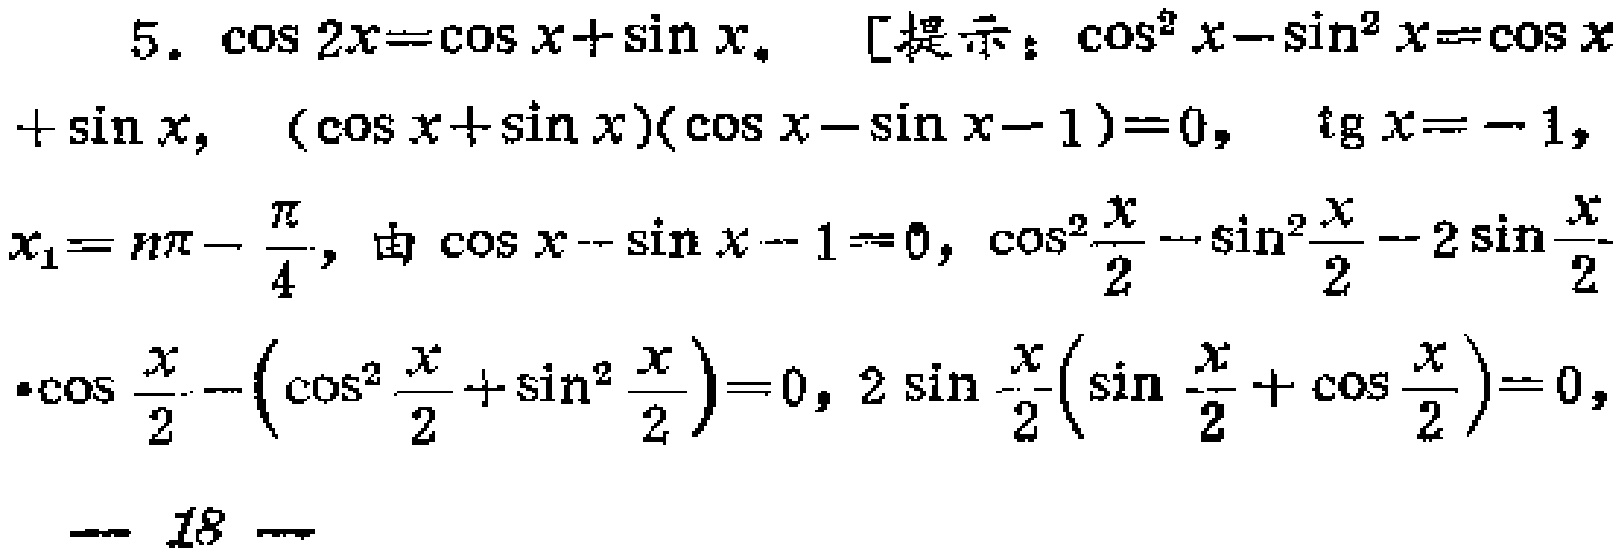
5. $\cos 2x = \cos x+\sin x$.  [提示：$\cos^{2}x - \sin^{2}x=\cos x$
$+\sin x$, $(\cos x+\sin x)(\cos x - \sin x - 1)=0$, $\mathrm{tg}x=-1$,
$x_{1}=n\pi-\frac{\pi}{4}$, 由 $\cos x - \sin x - 1 = 0$, $\cos^{2}\frac{x}{2}-\sin^{2}\frac{x}{2}-2\sin\frac{x}{2}$
$\cdot\cos\frac{x}{2}-(\cos^{2}\frac{x}{2}+\sin^{2}\frac{x}{2}) = 0$, $2\sin\frac{x}{2}(\sin\frac{x}{2}+\cos\frac{x}{2}) = 0$,
$-18-$